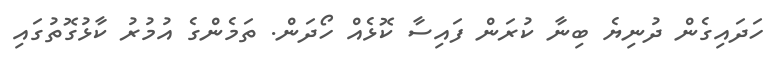
ހަދައިގެން ދުނިޔެ ބިނާ ކުރަން ފައިސާ ކޮޅެއް ހޯދަން. ތަމެންގެ އުމުރު ކާޅުގޮތުގައި